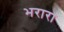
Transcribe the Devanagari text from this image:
भरारा